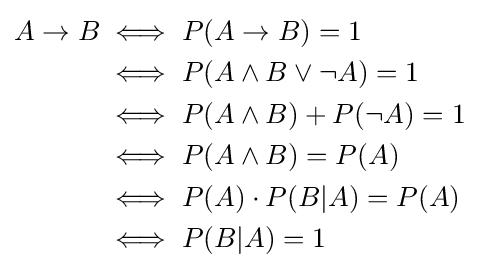
{\begin{aligned}A\to B&\iff P(A\to B)=1\\&\iff P(A\land B\lor \neg A)=1\\&\iff P(A\land B)+P(\neg A)=1\\&\iff P(A\land B)=P(A)\\&\iff P(A)\cdot P(B|A)=P(A)\\&\iff P(B|A)=1\end{aligned}}